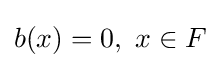
b(x)=0,\ x\in F